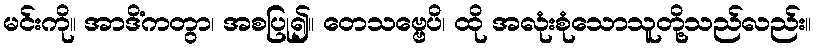
မင်းကို။ အာဒိံကတွာ၊ အစပြု၍။ တေသဗ္ဗေပိ၊ ထို အလုံးစုံသောသူတို့သည်လည်း။